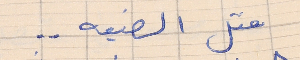
متل الضيعه . .